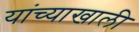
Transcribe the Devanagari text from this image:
यांच्याखाली